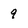
Character: 9